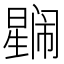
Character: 𭧼